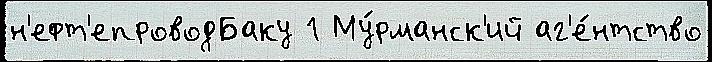
н'ефт'епроводБаку 1 Му́рманск'ий аг'е́нтство